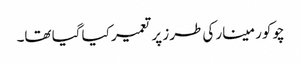
چوکور مینار کی طرز پر تعمیر کیا گیا تھا۔